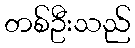
တစ်ဦးသည်